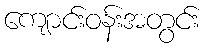
ကျောင်းဝန်းအတွင်း